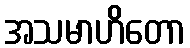
အသမာဟိတော